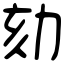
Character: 劾